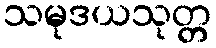
သမုဒယသုတ္တ